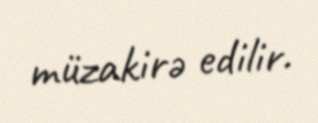
müzakirə edilir.